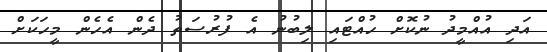
އަދި އުއްމީދު ނުކޮށް ހުއްޓައި ލިބުނު އެ ފުރުސަތު ދެން އެހެން މީހަކަށް